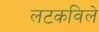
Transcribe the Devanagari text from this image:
लटकविले